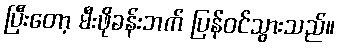
ပြီးတော့ မီးဖိုခန်းဘက် ပြန်ဝင်သွားသည်။